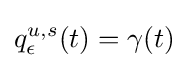
q_{\epsilon }^{u,s}(t)=\gamma (t)